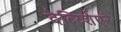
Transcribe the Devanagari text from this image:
देर्ब्य्शिएरे